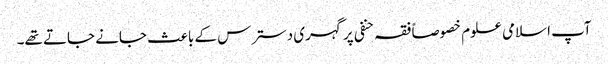
آپ اسلامی علوم خصوصاً فقہ حنفی پر گہری دسترس کے باعث جانے جاتے تھے۔